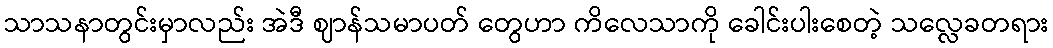
သာသနာတွင်းမှာလည်း အဲဒီ ဈာန်သမာပတ် တွေဟာ ကိလေသာကို ခေါင်းပါးစေတဲ့ သလ္လေခတရား